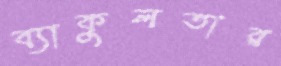
ব্যাকুলতার